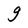
Character: g